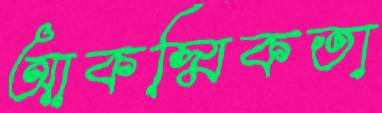
আকস্মিকতা